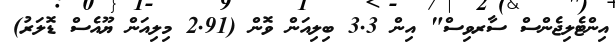
އިންޓެލިޖެންސް ސާރވިސް" އިން 3.3 ބިލިއަން ވޮން (2.91 މިލިއަން ޔޫއެސް ޑޮލަރު)